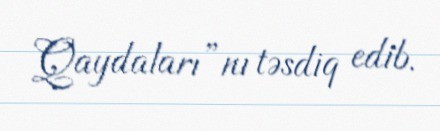
Qaydaları”nı təsdiq edib.